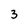
Character: 3